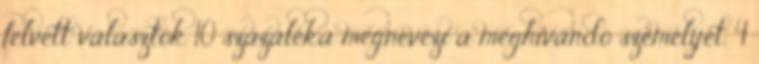
felvett választók 10 százaléka megnevezi a meghívandó személyét. 4